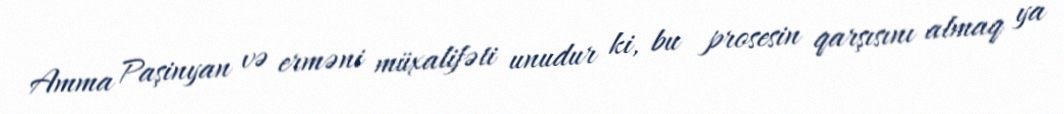
Amma Paşinyan və erməni müxalifəti unudur ki, bu prosesin qarşısını almaq ya